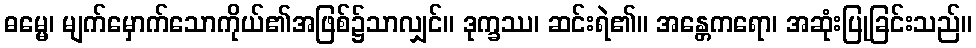
ဓမ္မေ၊ မျက်မှောက်သောကိုယ်၏အဖြစ်၌သာလျှင်။ ဒုက္ခဿ၊ ဆင်းရဲ၏။ အန္တေကရော၊ အဆုံးပြုခြင်းသည်။